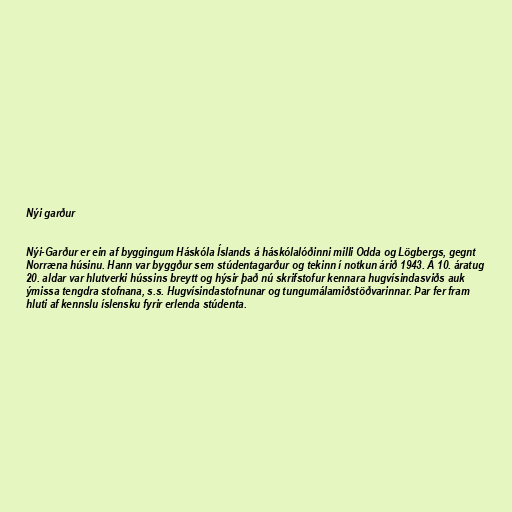
Nýi garður

Nýi-Garður er ein af byggingum Háskóla Íslands á háskólalóðinni milli Odda og Lögbergs, gegnt
Norræna húsinu. Hann var byggður sem stúdentagarður og tekinn í notkun árið 1943. Á 10. áratug
20. aldar var hlutverki hússins breytt og hýsir það nú skrifstofur kennara hugvísindasviðs auk
ýmissa tengdra stofnana, s.s. Hugvísindastofnunar og tungumálamiðstöðvarinnar. Þar fer fram
hluti af kennslu íslensku fyrir erlenda stúdenta.